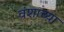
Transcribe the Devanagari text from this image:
वंशाच्य़ा